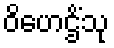
ဝိဟေဌိံသု